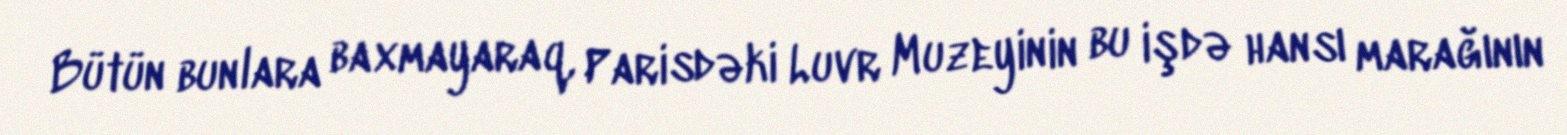
Bütün bunlara baxmayaraq, Parisdəki Luvr Muzeyinin bu işdə hansı marağının